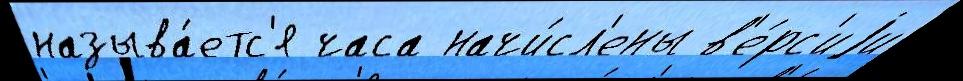
называ́етс'я часа начи́сл'ены в'е́рс'иjи